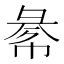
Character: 𢑞